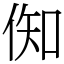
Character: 倁